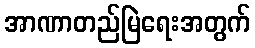
အာဏာတည်မြဲရေးအတွက်